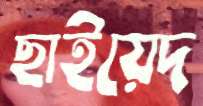
ছাইয়েদ